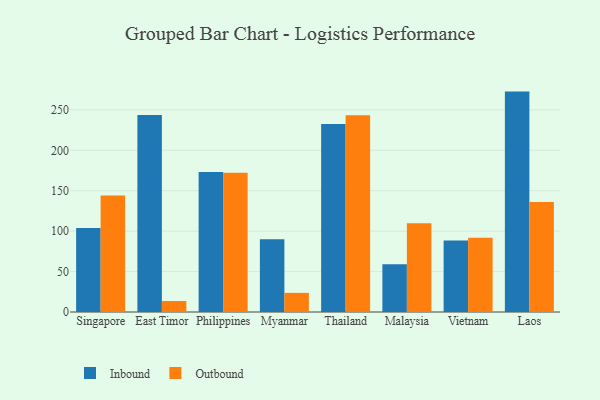
{"axis": {"x": "Country", "y": "Tickets Resolved"}, "legend": ["Inbound", "Outbound"], "data": [{"x": "Singapore", "y": 103.9, "type": "Inbound"}, {"x": "Singapore", "y": 144.0, "type": "Outbound"}, {"x": "East Timor", "y": 243.6, "type": "Inbound"}, {"x": "East Timor", "y": 13.6, "type": "Outbound"}, {"x": "Philippines", "y": 173.2, "type": "Inbound"}, {"x": "Philippines", "y": 172.3, "type": "Outbound"}, {"x": "Myanmar", "y": 90.1, "type": "Inbound"}, {"x": "Myanmar", "y": 23.7, "type": "Outbound"}, {"x": "Thailand", "y": 232.5, "type": "Inbound"}, {"x": "Thailand", "y": 243.2, "type": "Outbound"}, {"x": "Malaysia", "y": 59.1, "type": "Inbound"}, {"x": "Malaysia", "y": 109.9, "type": "Outbound"}, {"x": "Vietnam", "y": 88.3, "type": "Inbound"}, {"x": "Vietnam", "y": 91.9, "type": "Outbound"}, {"x": "Laos", "y": 272.6, "type": "Inbound"}, {"x": "Laos", "y": 136.1, "type": "Outbound"}]}